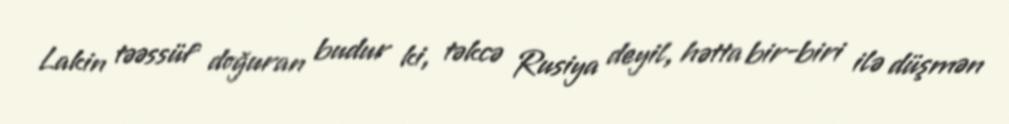
Lakin təəssüf doğuran budur ki, təkcə Rusiya deyil, hətta bir-biri ilə düşmən